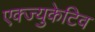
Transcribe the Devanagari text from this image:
एक्ज्युकेटिव